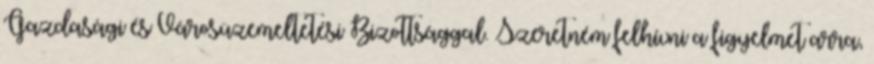
Gazdasági és Városüzemeltetési Bizottsággal. Szeretném felhívni a figyelmet arra,